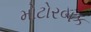
મોટોરબક